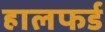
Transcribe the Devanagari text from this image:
हालफर्ड